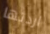
اردتها